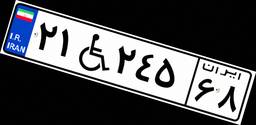
۲۱W۲۴۵۶۸